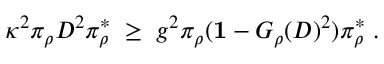
\begin{array} { r } { \kappa ^ { 2 } \pi _ { \rho } D ^ { 2 } \pi _ { \rho } ^ { * } \; \geq \; g ^ { 2 } \pi _ { \rho } ( { \bf 1 } - G _ { \rho } ( D ) ^ { 2 } ) \pi _ { \rho } ^ { * } \; . } \end{array}